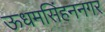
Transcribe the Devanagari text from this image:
ऊधमसिंहननगर